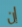
إن